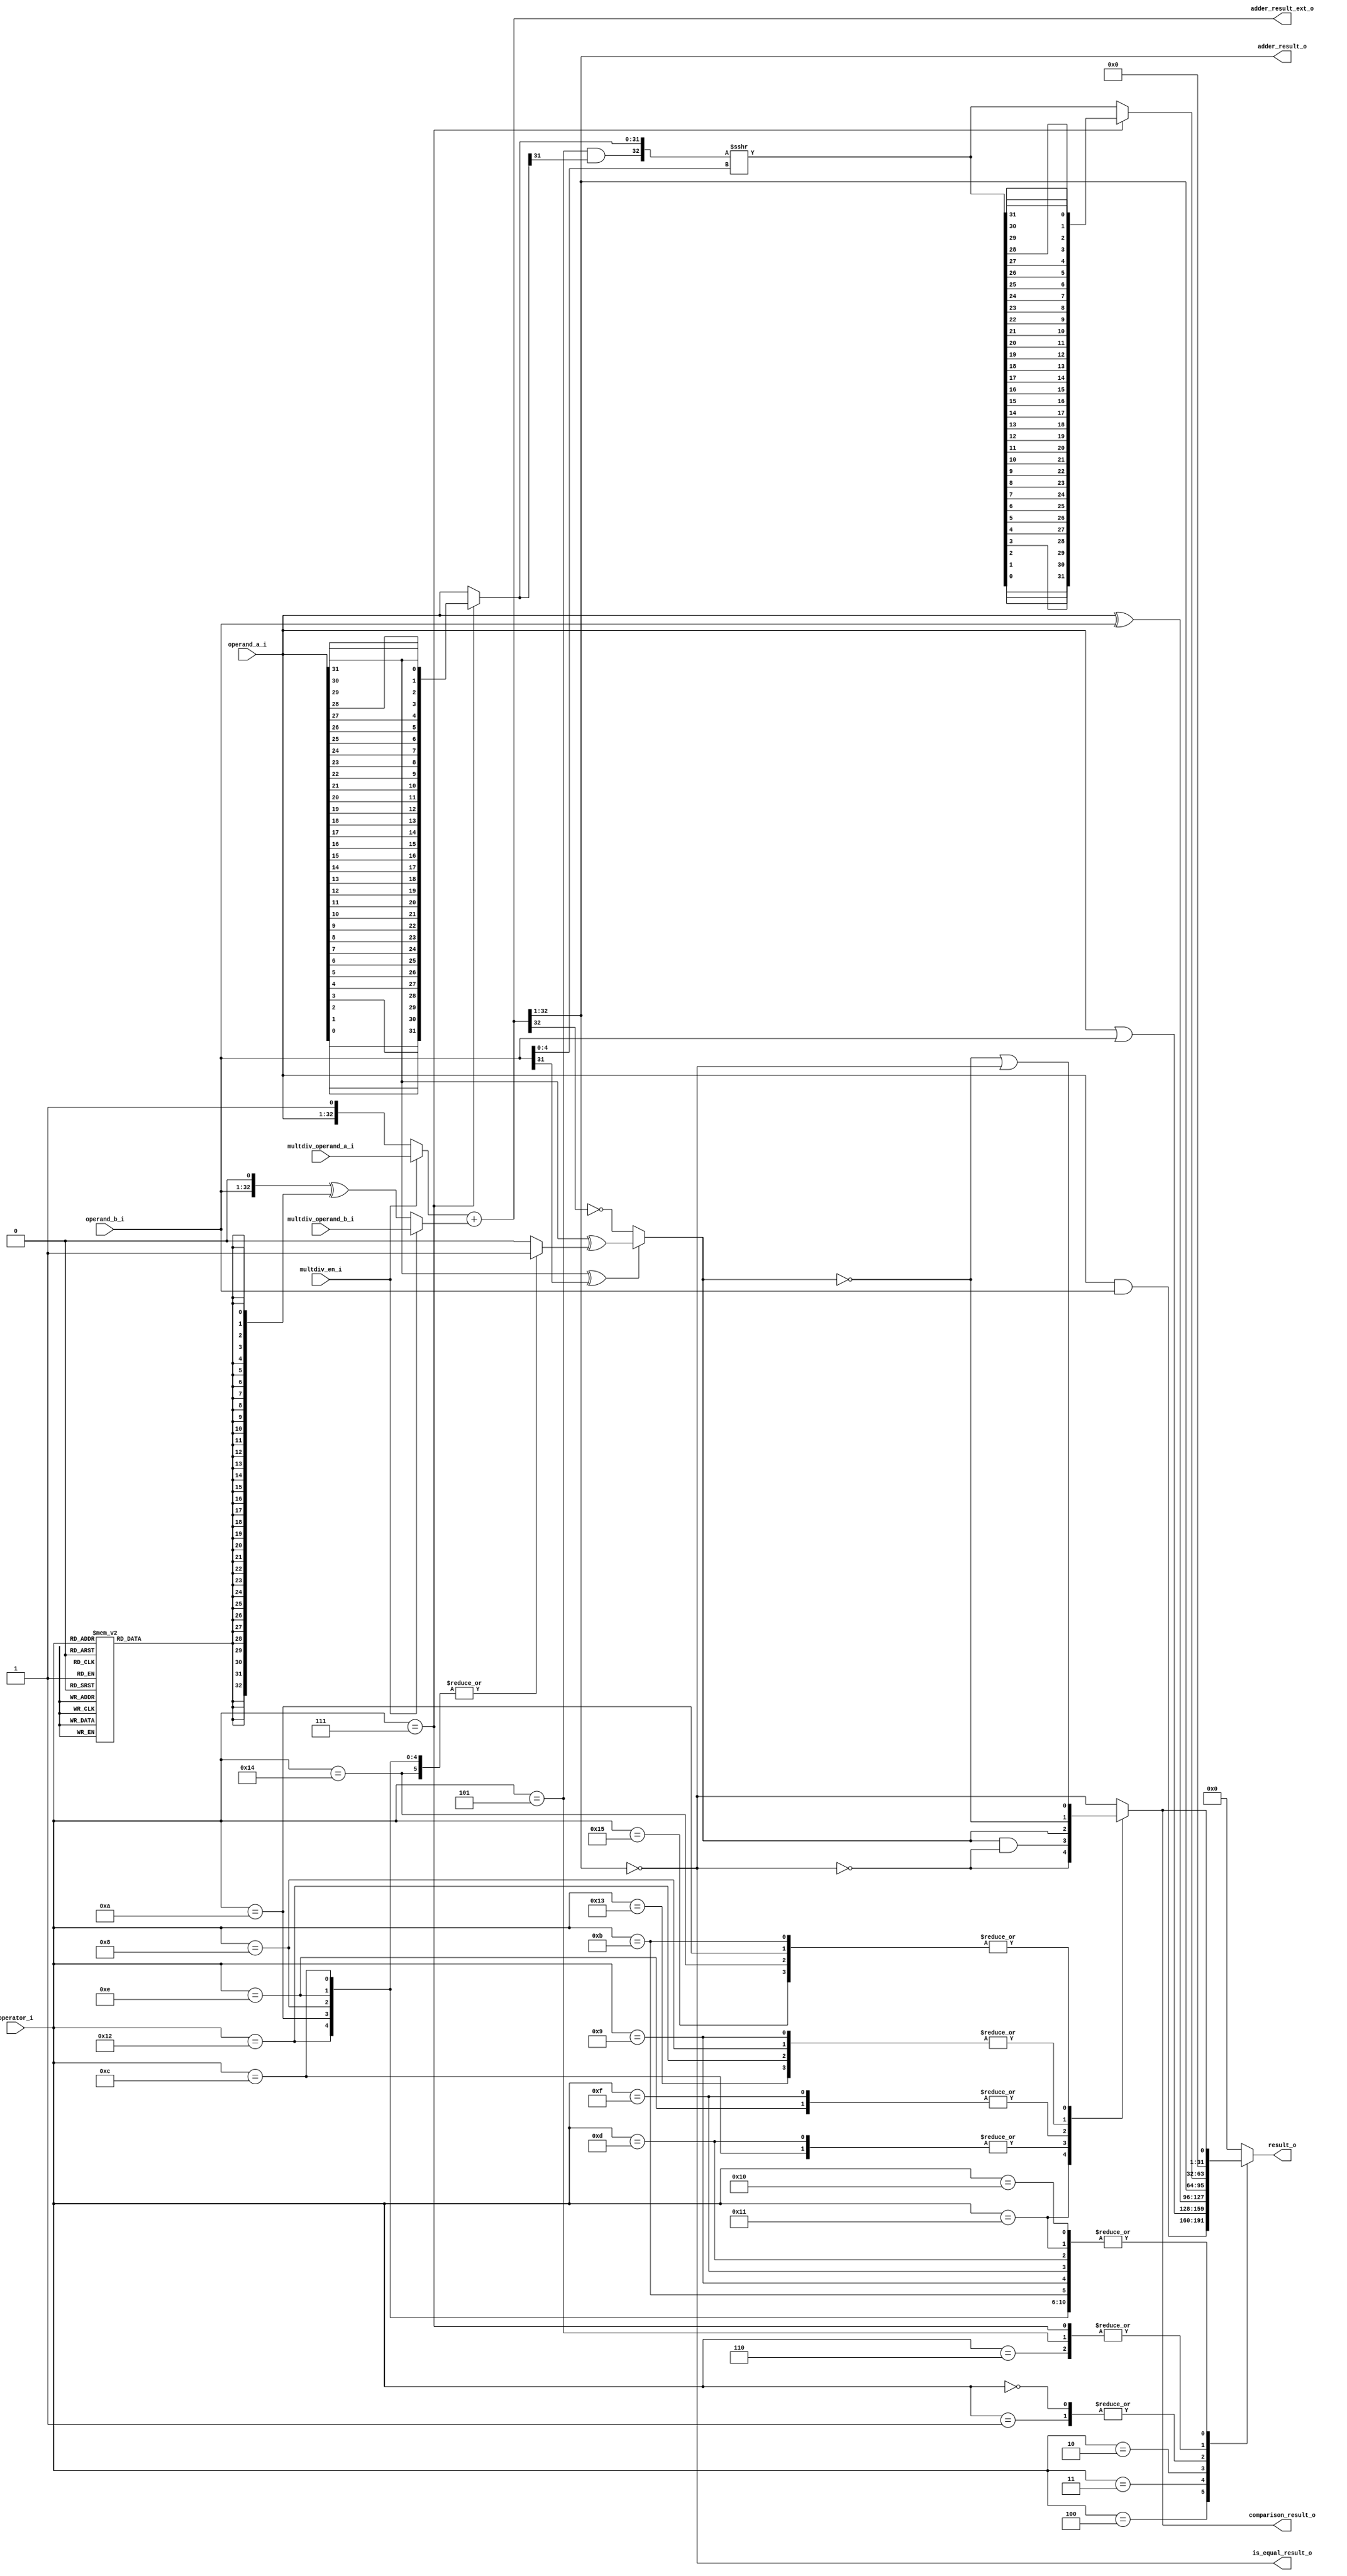
// Copyright lowRISC contributors.
// Copyright 2017 ETH Zurich and University of Bologna.
// Licensed under the Apache License, Version 2.0, see LICENSE for details.
// SPDX-License-Identifier: Apache-2.0

////////////////////////////////////////////////////////////////////////////////
//                                                                            //
// Additional contributions by:                                               //
//                 Sven Stucki - svstucki@student.ethz.ch                     //
//                                                                            //
//                                                                            //
// Design Name:    RISC-V processor core                                      //
// Project Name:   ibex                                                       //
// Language:       SystemVerilog                                              //
//                                                                            //
// Description:    Defines for various constants used by the processor core.  //
//                                                                            //
////////////////////////////////////////////////////////////////////////////////

// Copyright lowRISC contributors.
// Copyright 2017 ETH Zurich and University of Bologna.
// Licensed under the Apache License, Version 2.0, see LICENSE for details.
// SPDX-License-Identifier: Apache-2.0

////////////////////////////////////////////////////////////////////////////////
//                                                                            //
// Additional contributions by:                                               //
//                 Sven Stucki - svstucki@student.ethz.ch                     //
//                                                                            //
//                                                                            //
// Design Name:    RISC-V processor core                                      //
// Project Name:   ibex                                                       //
// Language:       SystemVerilog                                              //
//                                                                            //
// Description:    Defines for various constants used by the processor core.  //
//                                                                            //
////////////////////////////////////////////////////////////////////////////////

module ibex_alu (
	operator_i,
	operand_a_i,
	operand_b_i,
	multdiv_operand_a_i,
	multdiv_operand_b_i,
	multdiv_en_i,
	adder_result_o,
	adder_result_ext_o,
	result_o,
	comparison_result_o,
	is_equal_result_o
);
	input wire [4:0] operator_i;
	input wire [31:0] operand_a_i;
	input wire [31:0] operand_b_i;
	input wire [32:0] multdiv_operand_a_i;
	input wire [32:0] multdiv_operand_b_i;
	input wire multdiv_en_i;
	output wire [31:0] adder_result_o;
	output wire [33:0] adder_result_ext_o;
	output reg [31:0] result_o;
	output wire comparison_result_o;
	output wire is_equal_result_o;
	wire [31:0] operand_a_rev;
	wire [32:0] operand_b_neg;
	generate
		genvar k;
		for (k = 0; k < 32; k = k + 1) begin : gen_revloop
			assign operand_a_rev[k] = operand_a_i[31 - k];
		end
	endgenerate
	reg adder_op_b_negate;
	wire [32:0] adder_in_a;
	wire [32:0] adder_in_b;
	wire [31:0] adder_result;
	localparam [4:0] ibex_defines_ALU_EQ = 16;
	localparam [4:0] ibex_defines_ALU_GE = 14;
	localparam [4:0] ibex_defines_ALU_GEU = 15;
	localparam [4:0] ibex_defines_ALU_GT = 12;
	localparam [4:0] ibex_defines_ALU_GTU = 13;
	localparam [4:0] ibex_defines_ALU_LE = 10;
	localparam [4:0] ibex_defines_ALU_LEU = 11;
	localparam [4:0] ibex_defines_ALU_LT = 8;
	localparam [4:0] ibex_defines_ALU_LTU = 9;
	localparam [4:0] ibex_defines_ALU_NE = 17;
	localparam [4:0] ibex_defines_ALU_SLET = 20;
	localparam [4:0] ibex_defines_ALU_SLETU = 21;
	localparam [4:0] ibex_defines_ALU_SLT = 18;
	localparam [4:0] ibex_defines_ALU_SLTU = 19;
	localparam [4:0] ibex_defines_ALU_SUB = 1;
	always @(*) begin
		adder_op_b_negate = 1'b0;
		case (operator_i)
			ibex_defines_ALU_SUB, ibex_defines_ALU_EQ, ibex_defines_ALU_NE, ibex_defines_ALU_GTU, ibex_defines_ALU_GEU, ibex_defines_ALU_LTU, ibex_defines_ALU_LEU, ibex_defines_ALU_GT, ibex_defines_ALU_GE, ibex_defines_ALU_LT, ibex_defines_ALU_LE, ibex_defines_ALU_SLT, ibex_defines_ALU_SLTU, ibex_defines_ALU_SLET, ibex_defines_ALU_SLETU: adder_op_b_negate = 1'b1;
			default:
				;
		endcase
	end
	assign adder_in_a = (multdiv_en_i ? multdiv_operand_a_i : {operand_a_i, 1'b1});
	assign operand_b_neg = {operand_b_i, 1'b0} ^ {33 {adder_op_b_negate}};
	assign adder_in_b = (multdiv_en_i ? multdiv_operand_b_i : operand_b_neg);
	assign adder_result_ext_o = $unsigned(adder_in_a) + $unsigned(adder_in_b);
	assign adder_result = adder_result_ext_o[32:1];
	assign adder_result_o = adder_result;
	wire shift_left;
	wire shift_arithmetic;
	wire [4:0] shift_amt;
	wire [31:0] shift_op_a;
	wire [31:0] shift_result;
	wire [31:0] shift_right_result;
	wire [31:0] shift_left_result;
	assign shift_amt = operand_b_i[4:0];
	localparam [4:0] ibex_defines_ALU_SLL = 7;
	assign shift_left = operator_i == ibex_defines_ALU_SLL;
	localparam [4:0] ibex_defines_ALU_SRA = 5;
	assign shift_arithmetic = operator_i == ibex_defines_ALU_SRA;
	assign shift_op_a = (shift_left ? operand_a_rev : operand_a_i);
	wire [32:0] shift_op_a_32;
	assign shift_op_a_32 = {shift_arithmetic & shift_op_a[31], shift_op_a};
	wire signed [32:0] shift_right_result_signed;
	assign shift_right_result_signed = $signed(shift_op_a_32) >>> shift_amt[4:0];
	assign shift_right_result = shift_right_result_signed[31:0];
	generate
		genvar j;
		for (j = 0; j < 32; j = j + 1) begin : gen_resrevloop
			assign shift_left_result[j] = shift_right_result[31 - j];
		end
	endgenerate
	assign shift_result = (shift_left ? shift_left_result : shift_right_result);
	wire is_equal;
	reg is_greater_equal;
	reg cmp_signed;
	always @(*) begin
		cmp_signed = 1'b0;
		case (operator_i)
			ibex_defines_ALU_GT, ibex_defines_ALU_GE, ibex_defines_ALU_LT, ibex_defines_ALU_LE, ibex_defines_ALU_SLT, ibex_defines_ALU_SLET: cmp_signed = 1'b1;
			default:
				;
		endcase
	end
	assign is_equal = adder_result == 32'b00000000000000000000000000000000;
	assign is_equal_result_o = is_equal;
	always @(*)
		if ((operand_a_i[31] ^ operand_b_i[31]) == 1'b0)
			is_greater_equal = adder_result[31] == 1'b0;
		else
			is_greater_equal = operand_a_i[31] ^ cmp_signed;
	reg cmp_result;
	always @(*) begin
		cmp_result = is_equal;
		case (operator_i)
			ibex_defines_ALU_EQ: cmp_result = is_equal;
			ibex_defines_ALU_NE: cmp_result = ~is_equal;
			ibex_defines_ALU_GT, ibex_defines_ALU_GTU: cmp_result = is_greater_equal & ~is_equal;
			ibex_defines_ALU_GE, ibex_defines_ALU_GEU: cmp_result = is_greater_equal;
			ibex_defines_ALU_LT, ibex_defines_ALU_SLT, ibex_defines_ALU_LTU, ibex_defines_ALU_SLTU: cmp_result = ~is_greater_equal;
			ibex_defines_ALU_SLET, ibex_defines_ALU_SLETU, ibex_defines_ALU_LE, ibex_defines_ALU_LEU: cmp_result = ~is_greater_equal | is_equal;
			default:
				;
		endcase
	end
	assign comparison_result_o = cmp_result;
	localparam [4:0] ibex_defines_ALU_ADD = 0;
	localparam [4:0] ibex_defines_ALU_AND = 4;
	localparam [4:0] ibex_defines_ALU_OR = 3;
	localparam [4:0] ibex_defines_ALU_SRL = 6;
	localparam [4:0] ibex_defines_ALU_XOR = 2;
	always @(*) begin
		result_o = {32 {1'sb0}};
		case (operator_i)
			ibex_defines_ALU_AND: result_o = operand_a_i & operand_b_i;
			ibex_defines_ALU_OR: result_o = operand_a_i | operand_b_i;
			ibex_defines_ALU_XOR: result_o = operand_a_i ^ operand_b_i;
			ibex_defines_ALU_ADD, ibex_defines_ALU_SUB: result_o = adder_result;
			ibex_defines_ALU_SLL, ibex_defines_ALU_SRL, ibex_defines_ALU_SRA: result_o = shift_result;
			ibex_defines_ALU_EQ, ibex_defines_ALU_NE, ibex_defines_ALU_GTU, ibex_defines_ALU_GEU, ibex_defines_ALU_LTU, ibex_defines_ALU_LEU, ibex_defines_ALU_GT, ibex_defines_ALU_GE, ibex_defines_ALU_LT, ibex_defines_ALU_LE, ibex_defines_ALU_SLT, ibex_defines_ALU_SLTU, ibex_defines_ALU_SLET, ibex_defines_ALU_SLETU: result_o = {31'h00000000, cmp_result};
			default:
				;
		endcase
	end
endmodule